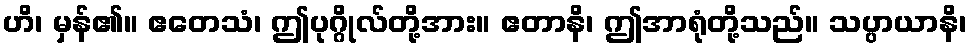
ဟိ၊ မှန်၏။ ဧတေသံ၊ ဤပုဂ္ဂိုလ်တို့အား။ ဧတာနိ၊ ဤအာရုံတို့သည်။ သပ္ပာယာနိ၊